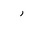
Letter: _ra